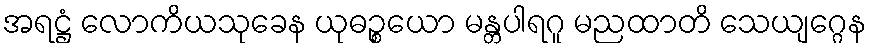
အရဋ္ဌံ လောကိယသုခေန ယုဓဉ္စယော မန္တပါရဂူ မညထာတိ သေယျဂ္ဂေန